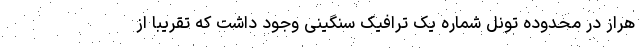
هراز در محدوده تونل شماره یک ترافیک سنگینی وجود داشت که تقریبا از